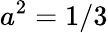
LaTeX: a^{2}=1/3